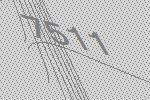
7511